Papers set at the Examination for Leaving Certificates, 1895
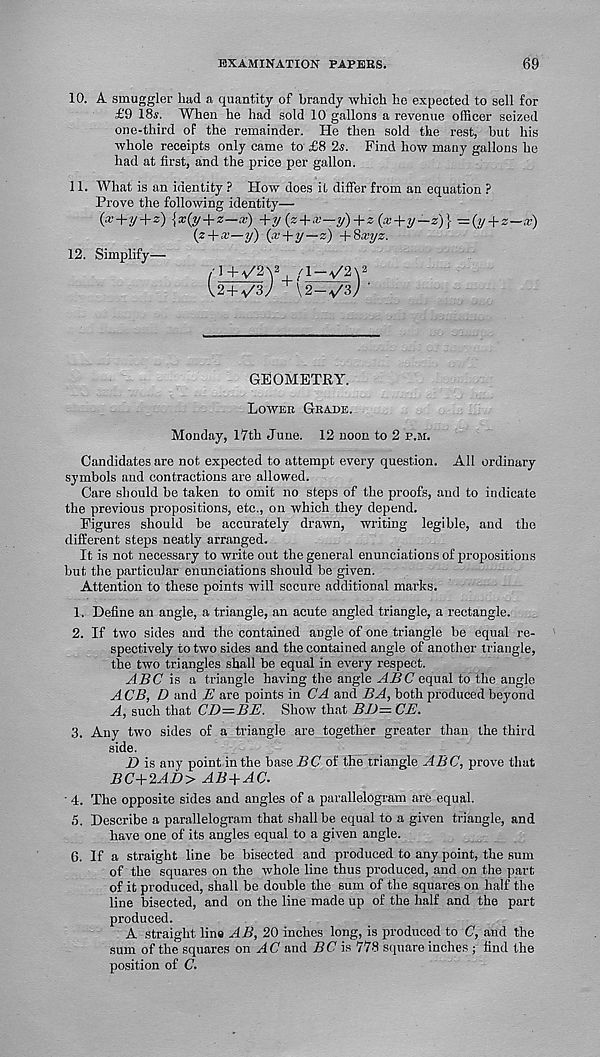
EXAMINATION PAPERS.
69
10. A smuggler had a quantity of brandy which he expected to sell for
£9 18.v. When he had sold 10 gallons a revenue officer seized
one-third of the remainder. He then sold the rest, but his
whole receipts only came to £8 2s. Find how many gallons he
had at first, and the price per gallon.
11. What is an identity ? How does it differ from an equation ?
Prove the following identity—
(x+y + z) {x(y + z-x) +y (z + x-y) + z (x+y-z)} =(y + z-x)
{z + x—y) (x + y—z) +Sxyz.
12. Simplify—
, /1-V2\ 2
U+^37
■
GEOMETRY.
Lower Grade.
Monday, 17th June. 12 noon to 2 p.m.
Candidates are not expected to attempt every question. All ordinary
symbols and contractions are allowed.
Care should be taken to omit no steps of the proofs, and to indicate
the previous propositions, etc., on which they depend.
Figures should be accurately drawn, writing legible, and the
different steps neatly arranged.
It is not necessary to write out the general enunciations of propositions
but the particular enunciations should be given.
Attention to these points will secure additional marks.
1. Define an angle, a triangle, an acute angled triangle, a rectangle.
2. If two sides and the contained angle of one triangle be equal re-
spectively to two sides and the contained angle of another triangle,
the two triangles shall be equal in every respect.
ABC is a triangle having the angle ABC equal to the angle
ACB, D and E are points in CA and BA, both produced beyond
A, such that CD=BE. Show that BD— CE.
3. Any two sides of a triangle are together greater than the third
side.
D is any point in the base BC of the triangle ABC, prove that
BC+2AD> AB+AC.
■ 4. The opposite sides and angles of a parallelogram are equal.
5. Describe a parallelogram that shall be equal to a given triangle, and
have one of its angles equal to a given angle.
6. If a straight line be bisected and produced to any point, the sum
of the squares on the whole line thus produced, and on the part
of it produced, shall be double the sum of the squares on half the
line bisected, and on the line made up of the half and the part
produced.
A straight lins AB, 20 inches long, is produced to C, and the
sum of the squares on AC and BC is 778 square inches ; find the
position of C.